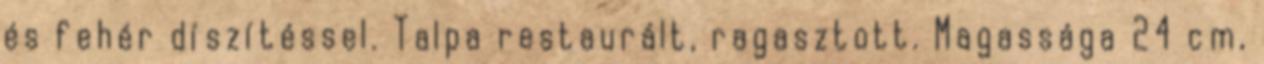
és fehér díszítéssel. Talpa restaurált, ragasztott. Magassága 24 cm,